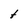
Character: t